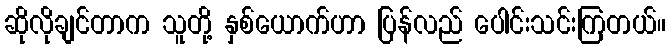
ဆိုလိုချင်တာက သူတို့ နှစ်ယောက်ဟာ ပြန်လည် ပေါင်းသင်းကြတယ်။